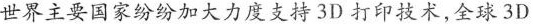
世界主要国家纷纷加大力度支持3D